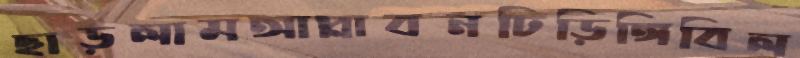
ছাড়লামআপ্লাবনঢিড়িঙ্গিবিল